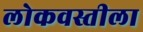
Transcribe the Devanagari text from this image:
लोकवस्तीला